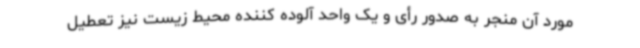
مورد آن منجر به صدور رأی و یک واحد آلوده کننده محیط زیست نیز تعطیل